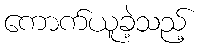
ကောက်ယူခဲ့သည့်